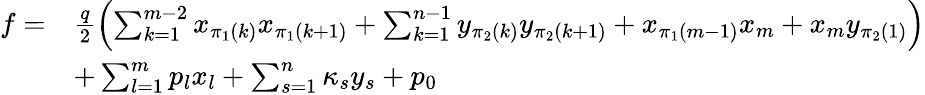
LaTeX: \begin{array}{rl}{f=}&{\frac{q}{2}\left(\sum_{k=1}^{m-2}x_{\pi_{1}(k)}x_{\pi_{1}(k+1)}+\sum_{k=1}^{n-1}y_{\pi_{2}(k)}y_{\pi_{2}(k+1)}+x_{\pi_{1}(m-1)}x_{m}+x_{m}y_{\pi_{2}(1)}\right)}\\ &{+\sum_{l=1}^{m}p_{l}x_{l}+\sum_{s=1}^{n}\kappa_{s}y_{s}+p_{0}}\end{array}